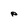
Character: p